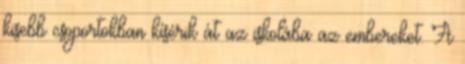
kisebb csoportokban kísérik át az iskolába az embereket. A